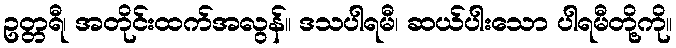
ဥတ္တရီ၊ အတိုင်းထက်အလွန်။ ဒသပါရမီ၊ ဆယ်ပါးသော ပါရမီတို့ကို။